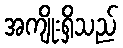
အကျိုးရှိသည်